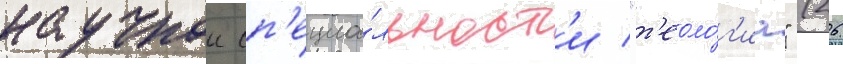
научнои сп'ециа́льност'и "т'еоло́г'иа" (26